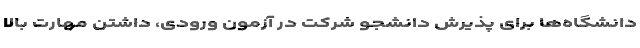
دانشگاه‌ها برای پذیرش دانشجو شرکت در آزمون ورودی، داشتن مهارت بالا